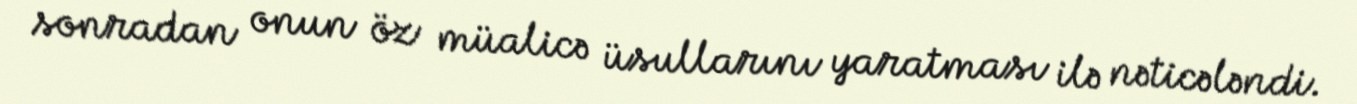
sonradan onun öz müalicə üsullarını yaratması ilə nəticələndi.